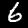
Label: 6